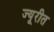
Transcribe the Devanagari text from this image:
ज्यूरीत